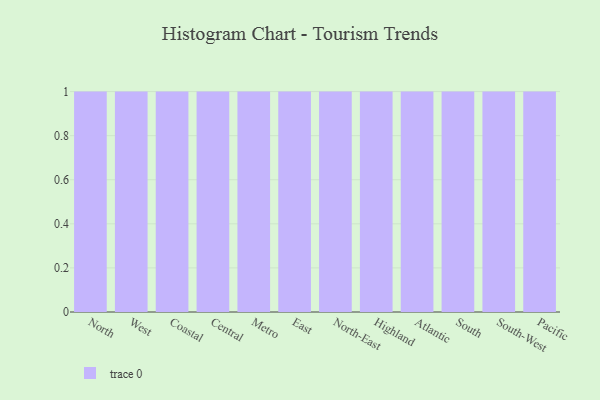
{"axis": {"x": "Region", "y": "Energy Usage (MWh)"}, "legend": [""], "data": [{"x": "North", "y": 21, "type": ""}, {"x": "West", "y": 74, "type": ""}, {"x": "Coastal", "y": 5, "type": ""}, {"x": "Central", "y": 93, "type": ""}, {"x": "Metro", "y": 34, "type": ""}, {"x": "East", "y": 14, "type": ""}, {"x": "North-East", "y": 50, "type": ""}, {"x": "Highland", "y": 60, "type": ""}, {"x": "Atlantic", "y": 48, "type": ""}, {"x": "South", "y": 100, "type": ""}, {"x": "South-West", "y": 86, "type": ""}, {"x": "Pacific", "y": 61, "type": ""}]}